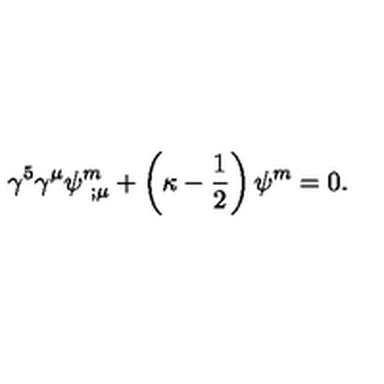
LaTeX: \gamma ^ { 5 } \gamma ^ { \mu } \psi _ { \ ; \mu } ^ { m } + \left( \kappa - { \frac { 1 } { 2 } } \right) \psi ^ { m } = 0 .